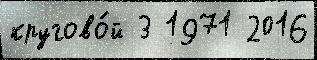
кругово́й 3 1971 2016